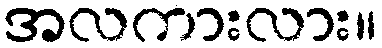
အလကားလား။